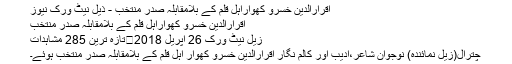
اقرارالدین خسرو کھواراہل قلم کے بلامقابلہ صدر منتخب - ذیل نیٹ ورک نیوز
اقرارالدین خسرو کھواراہل قلم کے بلامقابلہ صدر منتخب
زیل نیٹ ورک 26 اپریل 2018	تازہ ترین 285 مشاہدات
چترال(زیل نمائندہ) نوجوان شاعر،ادیب اور کالم نگار اقرارالدین خسرو کھوار اہل قلم کے بلامقابلہ صدر منتخب ہوئے۔